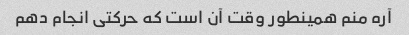
آره منم همینطور وقت آن است که حرکتی انجام دهم